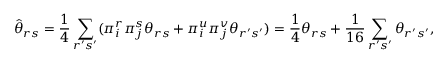
\hat { \theta } _ { r s } = \frac { 1 } { 4 } \sum _ { r ^ { \prime } s ^ { \prime } } ( \pi _ { i } ^ { r } \pi _ { j } ^ { s } \theta _ { r s } + \pi _ { i } ^ { u } \pi _ { j } ^ { v } \theta _ { r ^ { \prime } s ^ { \prime } } ) = \frac { 1 } { 4 } \theta _ { r s } + \frac { 1 } { 1 6 } \sum _ { r ^ { \prime } s ^ { \prime } } \theta _ { r ^ { \prime } s ^ { \prime } } ,